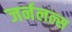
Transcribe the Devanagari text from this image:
जर्नलल्स